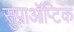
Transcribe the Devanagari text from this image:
सुप्राऑप्टिक